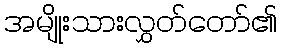
အမျိုးသားလွှတ်တော်၏